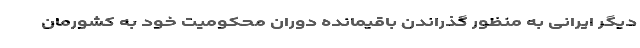
دیگر ایرانی به منظور گذراندن باقیمانده دوران محکومیت خود به کشورمان